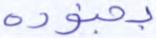
بجنوده